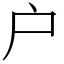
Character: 户